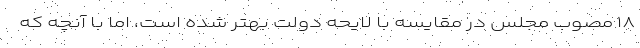
۱۸ مصوب مجلس در مقایسه با لایحه دولت بهتر شده است، اما با آنچه که